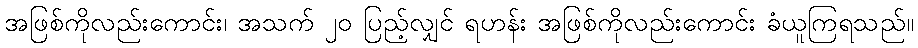
အဖြစ်ကိုလည်းကောင်း၊ အသက် ၂၀ ပြည့်လျှင် ရဟန်း အဖြစ်ကိုလည်းကောင်း ခံယူကြရသည်။